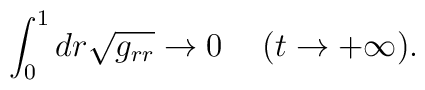
\int_0^1dr\sqrt{g_{rr}} \to 0\hspace{5mm} (t\to +\infty).